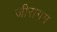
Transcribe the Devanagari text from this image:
जीरागम